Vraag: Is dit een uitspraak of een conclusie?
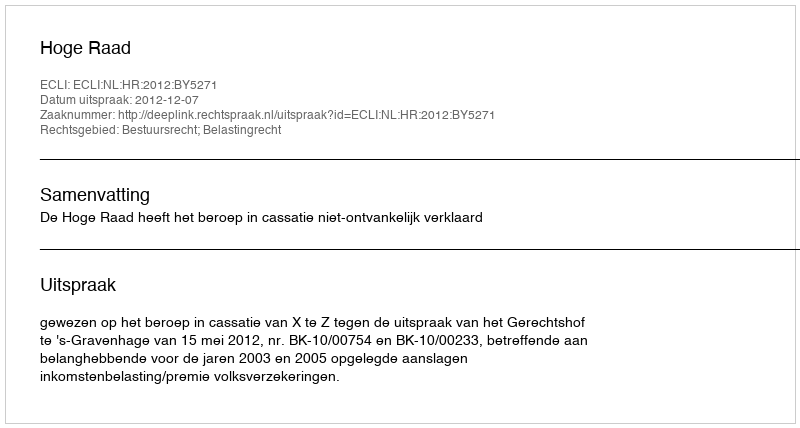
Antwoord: Uitspraak